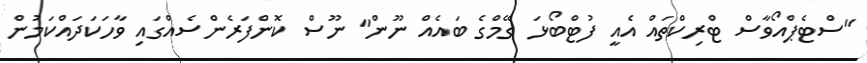
"ސްޓެޕްއޯވާސް ޓްރިކްތައް އެއީ ފުޓްބޯޅަ ގޭމްގެ ބައެއް ނޫން" ނޫސް ކޮންފަރެންސެއްގައި ވާހަކަދައްކަމުން